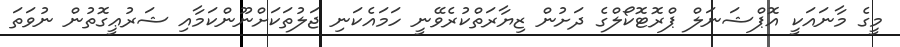
މީގެ މާނައަކީ އޮޕްޝަނަލް ޕްރޮޓޮކޯލްގެ ދަށުން ޒިޔާރަތްކުރެވޭނީ ހަމައެކަނި ޖަލުތަކަށްނޫންކަމާއި ޝަރުޢީގޮތުން ނުވަތަ